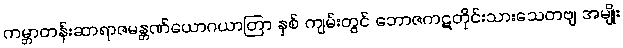
ကမ္ဘာတန်းဆာရာဇမန္တဏ်ယောဂယာတြာ နှစ် ကျမ်းတွင် ဘောဇကဋတိုင်းသားသေတဗျ အမျိုး